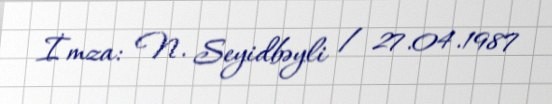
İmza: N. Seyidbəyli / 27.04.1987